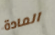
المادة